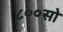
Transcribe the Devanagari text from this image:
८००सो